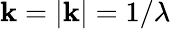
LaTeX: \mathbf{k}=|{\mathbf{{\mathbf{k}}}}|=1/\lambda